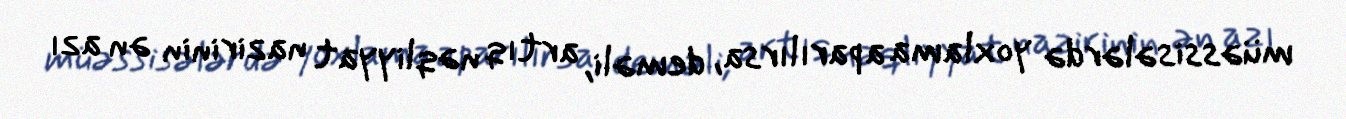
müəssisələrdə yoxlama aparılırsa, deməli, artıq nəqliyyat nazirinin ən azı